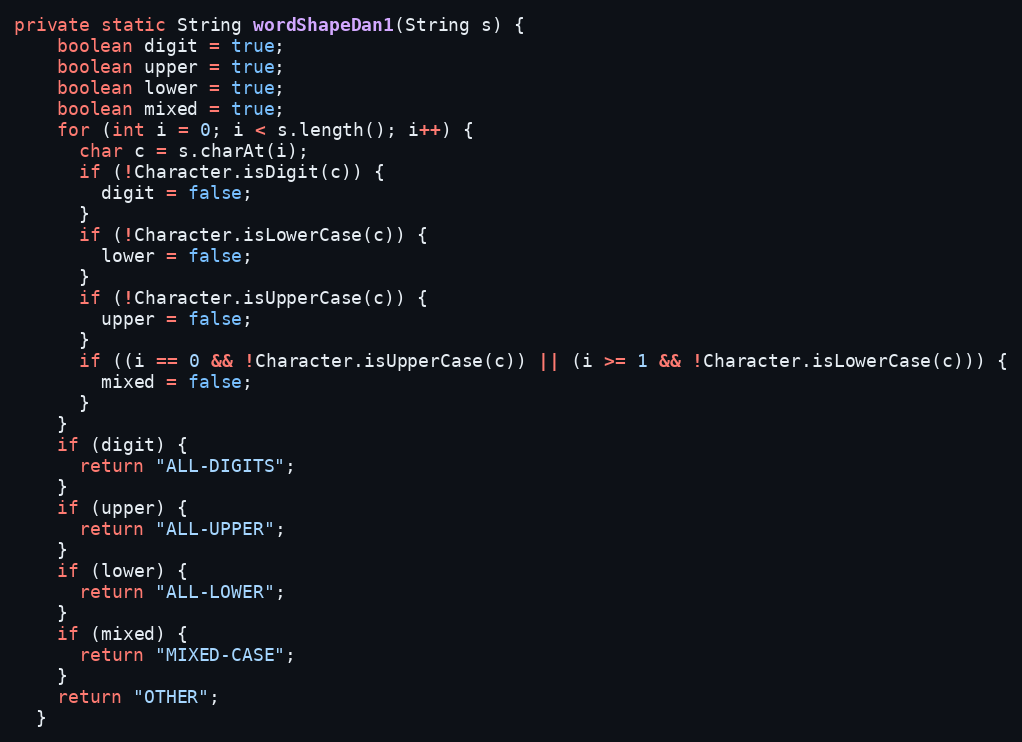
Language: Java
private static String wordShapeDan1(String s) {
    boolean digit = true;
    boolean upper = true;
    boolean lower = true;
    boolean mixed = true;
    for (int i = 0; i < s.length(); i++) {
      char c = s.charAt(i);
      if (!Character.isDigit(c)) {
        digit = false;
      }
      if (!Character.isLowerCase(c)) {
        lower = false;
      }
      if (!Character.isUpperCase(c)) {
        upper = false;
      }
      if ((i == 0 && !Character.isUpperCase(c)) || (i >= 1 && !Character.isLowerCase(c))) {
        mixed = false;
      }
    }
    if (digit) {
      return "ALL-DIGITS";
    }
    if (upper) {
      return "ALL-UPPER";
    }
    if (lower) {
      return "ALL-LOWER";
    }
    if (mixed) {
      return "MIXED-CASE";
    }
    return "OTHER";
  }